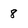
Character: 8